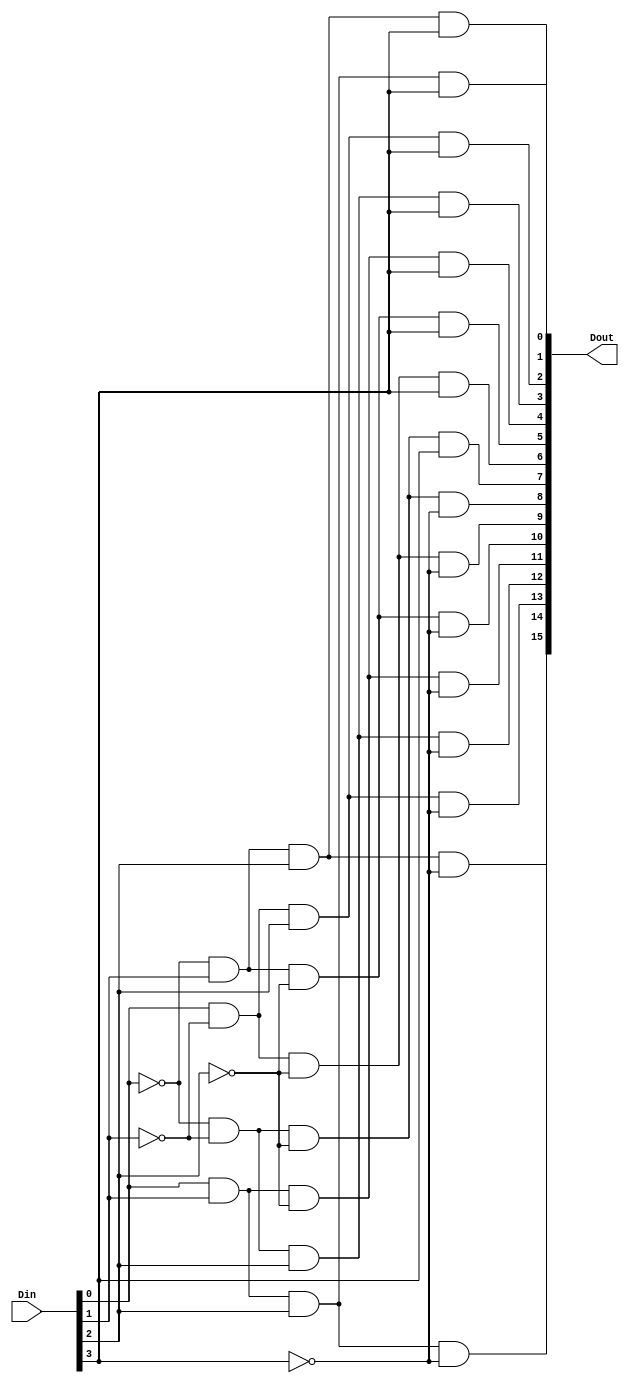
`timescale 1ns / 1ps
//////////////////////////////////////////////////////////////////////////////////
// Company: 
// Engineer: 
// 
// Design Name: 
// Module Name: dec
// Project Name: 
// Target Devices: 
// Tool Versions: 
// Description: 
// 
// Dependencies: 
// 
// Revision:
// Revision 0.01 - File Created
// Additional Comments:
// 
//////////////////////////////////////////////////////////////////////////////////


module dec(Din, Dout);
input [3:0]Din;
output [15:0]Dout;

wire [3:0]Din_N;
not N1(Din_N[0], Din[0]);
not N2(Din_N[1], Din[1]);
not N3(Din_N[2], Din[2]);
not N4(Din_N[3], Din[3]);

and A1(Dout[0], Din[0], Din[1], Din[2], Din[3]);
and A2(Dout[1], Din_N[0], Din[1], Din[2], Din[3]);
and A3(Dout[2], Din[0], Din_N[1], Din[2], Din[3]);
and A4(Dout[3], Din_N[0], Din_N[1], Din[2], Din[3]);
and A5(Dout[4], Din[0], Din[1], Din_N[2], Din[3]);
and A6(Dout[5], Din_N[0], Din[1], Din_N[2], Din[3]);
and A7(Dout[6], Din[0], Din_N[1], Din_N[2], Din[3]);
and A8(Dout[7], Din_N[0], Din_N[1], Din_N[2], Din[3]);
///////////////////////////////////////////////////////////////////////////////////////////
and A9(Dout[8], Din_N[0], Din_N[1], Din_N[2], Din_N[3]);
and A10(Dout[9], Din[0], Din_N[1], Din_N[2], Din_N[3]);
and A11(Dout[10], Din_N[0], Din[1], Din_N[2], Din_N[3]);
and A12(Dout[11], Din[0], Din[1], Din_N[2], Din_N[3]);
and A13(Dout[12], Din_N[0], Din_N[1], Din[2], Din_N[3]);
and A14(Dout[13], Din[0], Din_N[1], Din[2], Din_N[3]);
and A15(Dout[14], Din_N[0], Din[1], Din[2], Din_N[3]);
and A16(Dout[15], Din[0], Din[1], Din[2], Din_N[3]);

endmodule